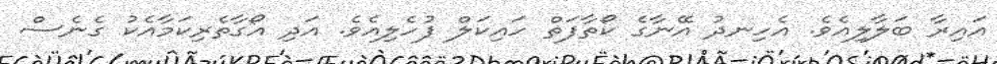
އައިރާ ބަލާލިއެވެ. އެހިނދު އޭނާގެ ކޯތާފަތް ހައިކަލް ފުހެލިއެވެ. އަދި އޯގާތެރިކަމާއެކު ގެނެސް